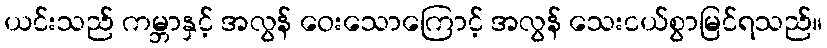
ယင်းသည် ကမ္ဘာနှင့် အလွန် ဝေးသောကြောင့် အလွန် သေးငယ်စွာမြင်ရသည်။